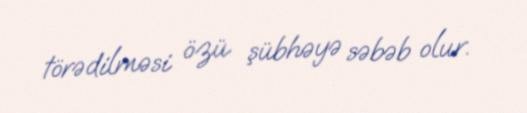
törədilməsi özü şübhəyə səbəb olur.